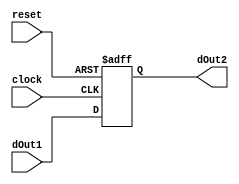
module delay(dOut2, reset,clock, dOut1);
input clock,reset;
input [7:0] dOut1;
output reg [7:0] dOut2;


always@(posedge clock or posedge reset)
begin
if(reset) dOut2 <= 8'b0;
else dOut2 <= dOut1;
end
endmodule